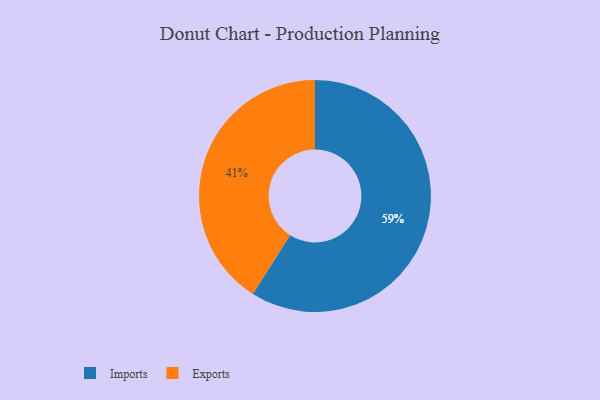
{"axis": {"x": "Category", "y": "Percentage"}, "legend": ["Exports", "Imports"], "data": [{"x": "Imports", "y": 59, "type": "Imports"}, {"x": "Exports", "y": 41, "type": "Exports"}]}